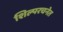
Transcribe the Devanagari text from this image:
शिल्परचनेत